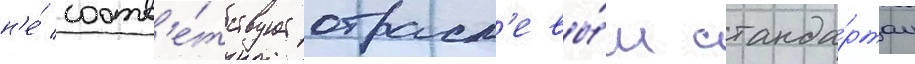
н'е́ соотв'е́тствует отрасл'евы́м станда́ртам